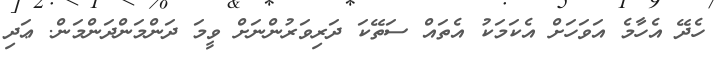
ހެދޭ އެހާމެ އަވަހަށް އެކަމަކު އެތައް ސަތޭކަ ދަރިވަރުންނަށް ވީމަ ދަންމަންދަންމަން. ޢަދި